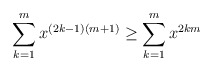
\begin{align*}\sum\limits_{k = 1}^m {{x^{\left( {2k - 1} \right)\left( {m + 1} \right)}}} \ge \sum\limits_{k = 1}^m {{x^{2km}}} \end{align*}